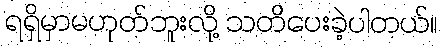
ရရှိမှာမဟုတ်ဘူးလို့ သတိပေးခဲ့ပါတယ်။